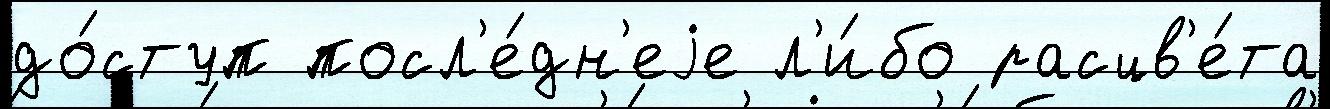
до́ступ посл'е́дн'еjе л'и́бо расцв'е́та